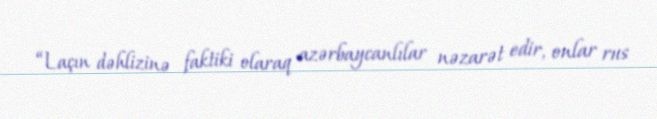
“Laçın dəhlizinə faktiki olaraq azərbaycanlılar nəzarət edir, onlar rus